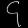
Digit: ၄